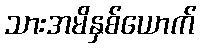
သားအမိနှစ်ယောက်